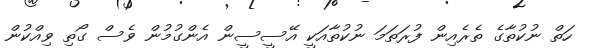
ހަތް ނުކުތާގެ ތެރެއިން ފުރަތަމަ ނުކުތާއަކީ އޭސީސީން އެންގުމުން ވެސް ގޯތި ވިއްކުން